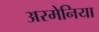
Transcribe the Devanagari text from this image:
अरमेनिया